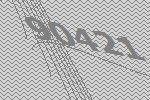
90421